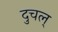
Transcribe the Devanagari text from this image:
दुचल्